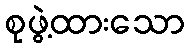
စုဖွဲ့ထားသော